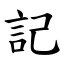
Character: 記